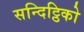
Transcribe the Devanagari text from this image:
सन्दिट्ठिको